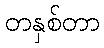
တနှစ်တာ